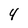
Character: 4